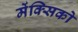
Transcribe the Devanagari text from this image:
मेंक्सिको